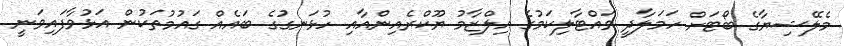
މެލޭޝިޔާގެ ބޯޓަށް ހަމަލާދީ ވައްޓާލިކަމުގެ އިލްޒާމު ޔޫކްރެއިންއާއި ހުޅަނގުގެ ބައެއް ގައުމުތަކުން އަޅުވާފައިވަނީ